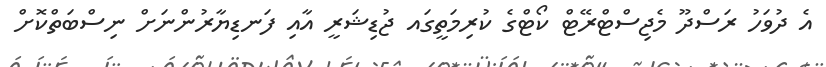
އެ ދުވަހު ރަސްދޫ މެޖިސްޓްރޭޓް ކޯޓްގެ ކުރިމަތީގައ ޖުޑިޝަރީ އާއި ފަނޑިޔާރުންނަށް ނިސްބަތްކޮށް